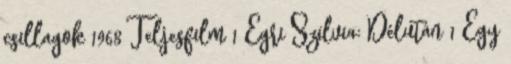
csillagok 1968 Teljesfilm 1 Egri Szilvia: Délután 1 Egy